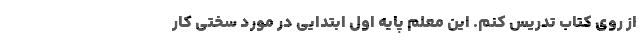
از روی کتاب تدریس کنم. این معلم پایه اول ابتدایی در مورد سختی کار